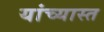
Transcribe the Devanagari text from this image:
यांच्यास्त